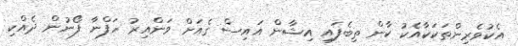
އެކުވެރިންތަކަކާއެކު ކާން ތިބެފައި އިޝާން އައިސް ގެއަށް ވަންއިރު ހަފްނާ ފޯނުން ދެއްކި